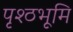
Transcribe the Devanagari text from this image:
पृश्ठभूमि